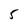
Character: 5